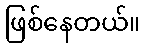
ဖြစ်နေတယ်။